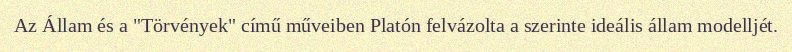
Az Állam és a "Törvények" című műveiben Platón felvázolta a szerinte ideális állam modelljét.